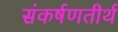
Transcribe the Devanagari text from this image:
संकर्षणतीर्थ